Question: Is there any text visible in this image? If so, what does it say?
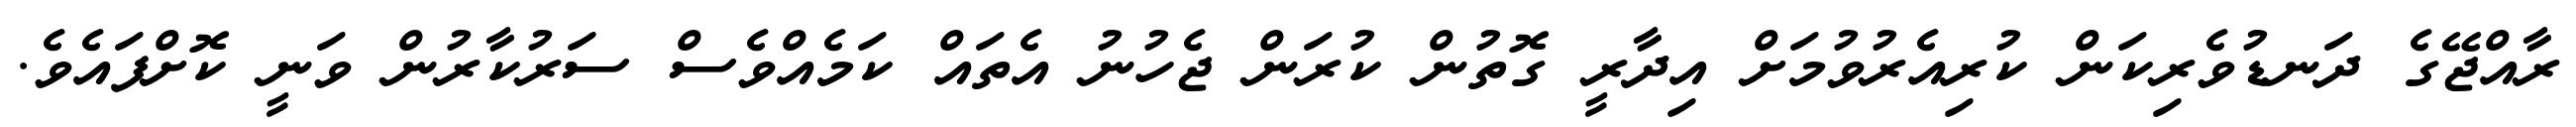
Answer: ރާއްޖޭގެ ދަނޑުވެރިކަން ކުރިއެރުވުމަށް އިދާރީ ގޮތުން ކުރަން ޖެހުނު އެތައް ކަމެއްވެސް ސަރުކާރުން ވަނީ ކޮށްފައެވެ.